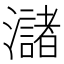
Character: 㶆